Punjab Mental Hospital Lahore 1922-31 - 1922-1931
Year: 1922
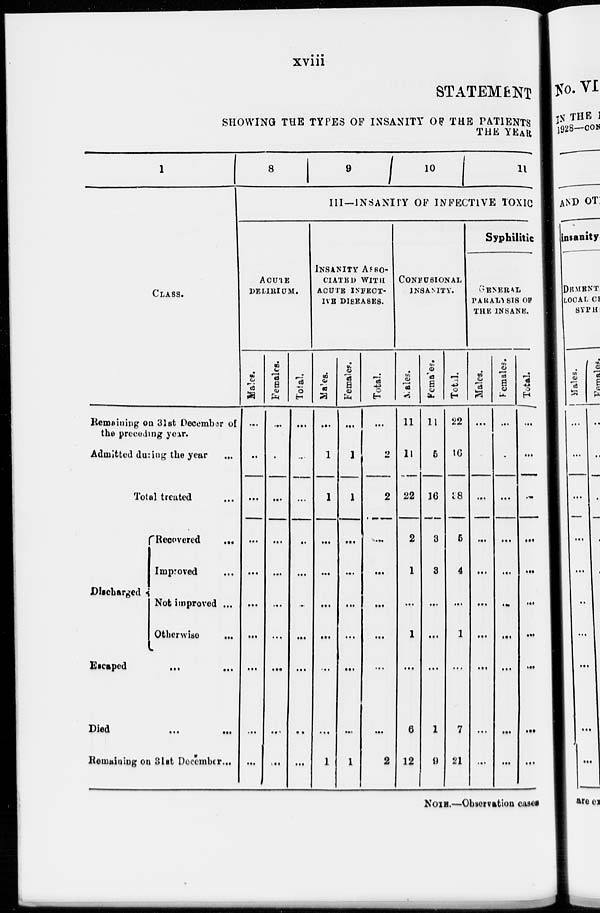
xviii
STATEMENT
SHOWING THE TYPES OF INSANITY OF THE PATIENTS
THE YEAR
1
CLASS.
Remaining on 31st December of
the preceding year.
Admitted during the year ...
Total treated ...
Discharged
Recovered
...
Improved ...
Not improved ...
Otherwise
...
Escaped ... ...
Died ... ...
Remaining on 31st December ...
8
9
10
11
III—INSANITY OF INFECTIVE TOXIC
ACUTE
DELIRIUM.
Males.
...
...
...
...
...
...
...
...
...
...
Females.
...
...
...
...
...
...
...
...
...
...
Total.
...
...
...
...
...
...
...
...
...
...
INSANITY ASSO-
CIATED WITH
ACUTE INFECT-
IVE DISEASES.
Males.
...
1
1
...
...
...
...
...
...
1
Females.
...
1
1
...
...
...
...
...
...
1
Total.
...
...
2
...
...
...
...
...
...
2
CONFUSIONAL
INSANITY.
Males.
11
11
22
2
1
...
1
...
6
12
Females.
11
5
16
3
3
...
...
...
1
9
Total.
22
16
38
5
4
...
1
...
7
21
Syphilitic
GENERAL
PARALYSIS OF
THE INSANE.
Males.
...
...
...
...
...
...
...
...
...
...
Females.
...
...
...
...
...
...
...
...
...
...
Total.
...
...
...
...
...
...
...
...
...
...
NOTE.—Observation cases